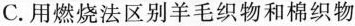
C.用燃烧法区别羊毛织物和棉织物